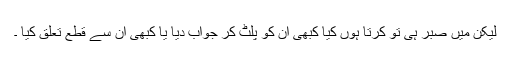
لیکن میں صبر ہی تو کرتا ہوں کیا کبھی ان کو پلٹ کر جواب دیا یا کبھی ان سے قطع تعلق کیا ۔